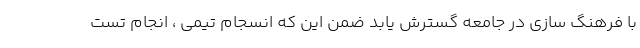
با فرهنگ سازی در جامعه گسترش یابد ضمن این که انسجام تیمی ، انجام تست